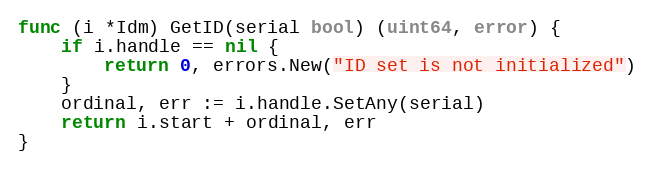
Language: Go
func (i *Idm) GetID(serial bool) (uint64, error) {
	if i.handle == nil {
		return 0, errors.New("ID set is not initialized")
	}
	ordinal, err := i.handle.SetAny(serial)
	return i.start + ordinal, err
}